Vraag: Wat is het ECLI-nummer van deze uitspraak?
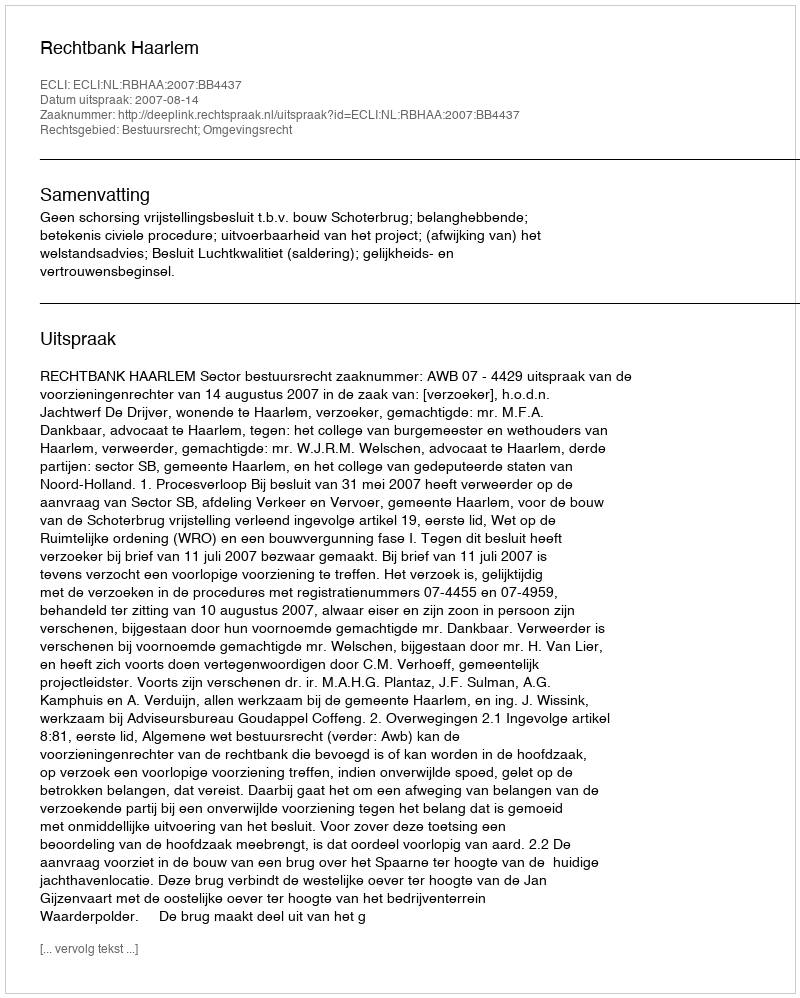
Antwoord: ECLI:NL:RBHAA:2007:BB4437